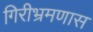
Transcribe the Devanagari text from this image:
गिरीभ्रमणास